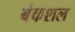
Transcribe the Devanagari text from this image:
बंकशल